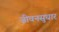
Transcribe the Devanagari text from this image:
जीवनसुधार